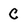
Character: C